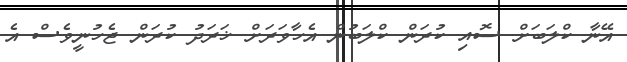
އޭނާ ކްލަބަށް ސޮއި ކުރަން ކްލަބުން އެހާވަރަށް ޚަރަދު ކުރަން ޖެހުނީވެސް އެ